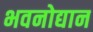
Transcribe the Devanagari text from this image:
भवनोद्यान